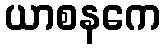
ယာစနကေ